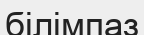
білімпаз